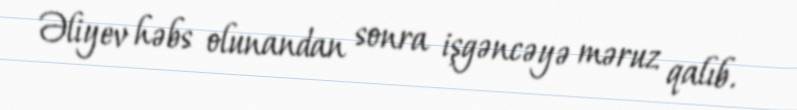
Əliyev həbs olunandan sonra işgəncəyə məruz qalıb.